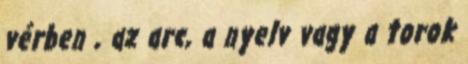
vérben , az arc, a nyelv vagy a torok